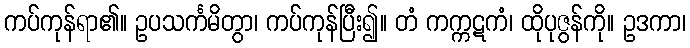
ကပ်ကုန်ရာ၏။ ဥပသင်္ကမိတွာ၊ ကပ်ကုန်ပြီး၍။ တံ ကက္ကဋကံ၊ ထိုပုဇွန်ကို။ ဥဒကာ၊